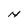
Character: N